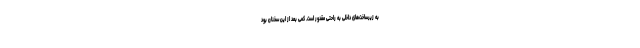
به زیرساخت‌های داخلی به راحتی مقدور است. کمی بعد از این سخنان بود